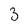
Character: 3